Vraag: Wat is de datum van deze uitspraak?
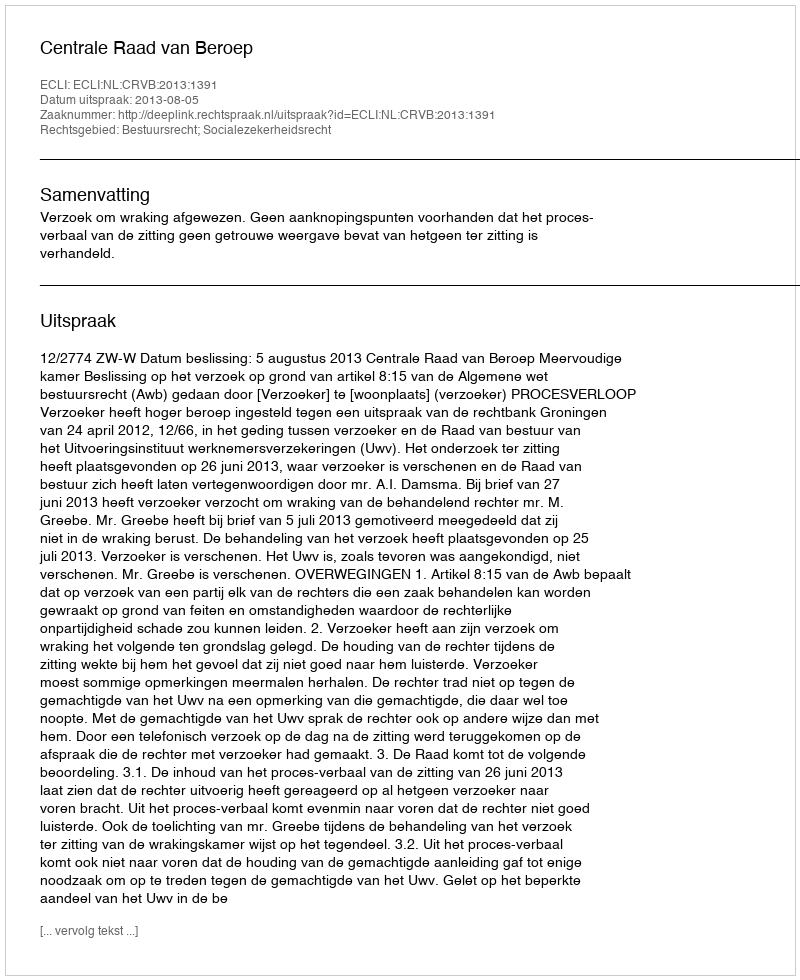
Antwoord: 2013-08-05